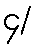
၄/